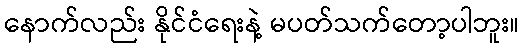
နောက်လည်း နိုင်ငံရေးနဲ့ မပတ်သက်တော့ပါဘူး။